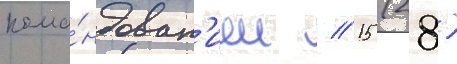
кома́ндован'ием // 15 (28)